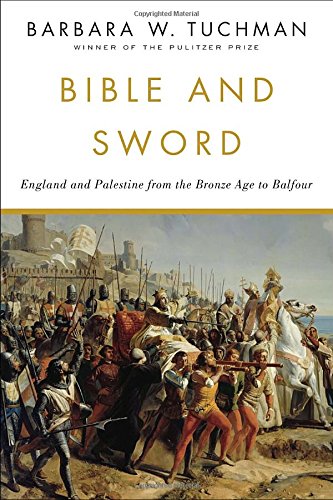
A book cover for Bible and Sword: England and Palestine from the Bronze Age to Balfour; Barbara W. Tuchman; History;